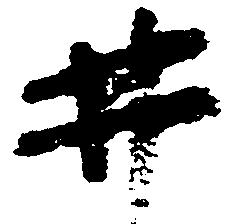
井